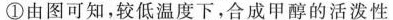
①由图可知，较低温度下，合成甲醇的活泼性